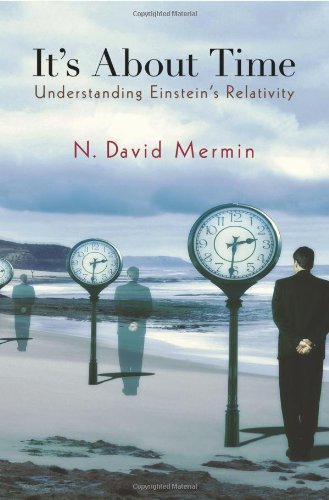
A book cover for It's About Time: Understanding Einstein's Relativity; N. David Mermin; Science & Math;